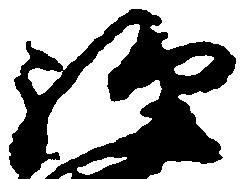
経